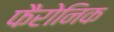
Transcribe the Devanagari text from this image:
फैरोनिक